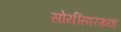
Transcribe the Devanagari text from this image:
सोयींसारख्या